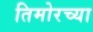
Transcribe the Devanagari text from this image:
तिमोरच्या